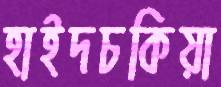
হাইদচকিয়া